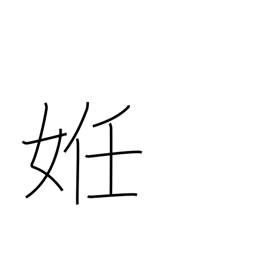
Meaning: be(come) pregnant